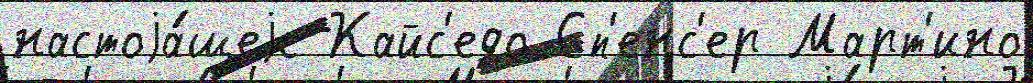
настоjа́щеjе Кайс'едо Сп'енс'ер Март'ино